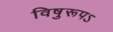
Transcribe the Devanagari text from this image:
विषुरूपऽ